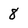
Character: 8